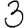
Digit: 3